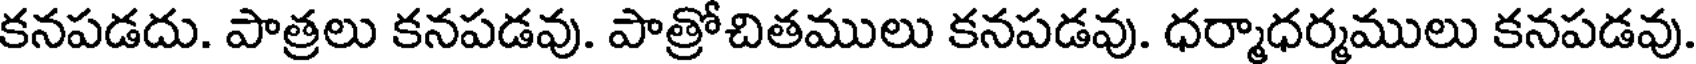
కనపడదు. పొత్రలు కనపడవు. పాత్రోచితములు కనపడవు. ధర్మాధర్మములు కనపడవు.